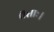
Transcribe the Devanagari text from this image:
तप्ताः।